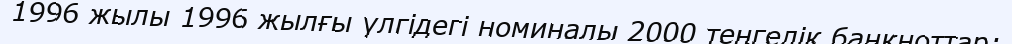
1996 жылы 1996 жылғы үлгідегі номиналы 2000 теңгелік банкноттар;